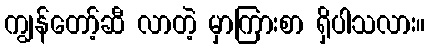
ကျွန်တော့်ဆီ လာတဲ့ မှာကြားစာ ရှိပါသလား။